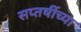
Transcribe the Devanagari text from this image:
सप्तर्षीच्या